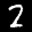
Label: 2